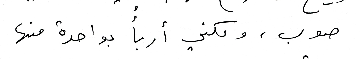
صوب ، ولكني أربأُ بواحدة منها